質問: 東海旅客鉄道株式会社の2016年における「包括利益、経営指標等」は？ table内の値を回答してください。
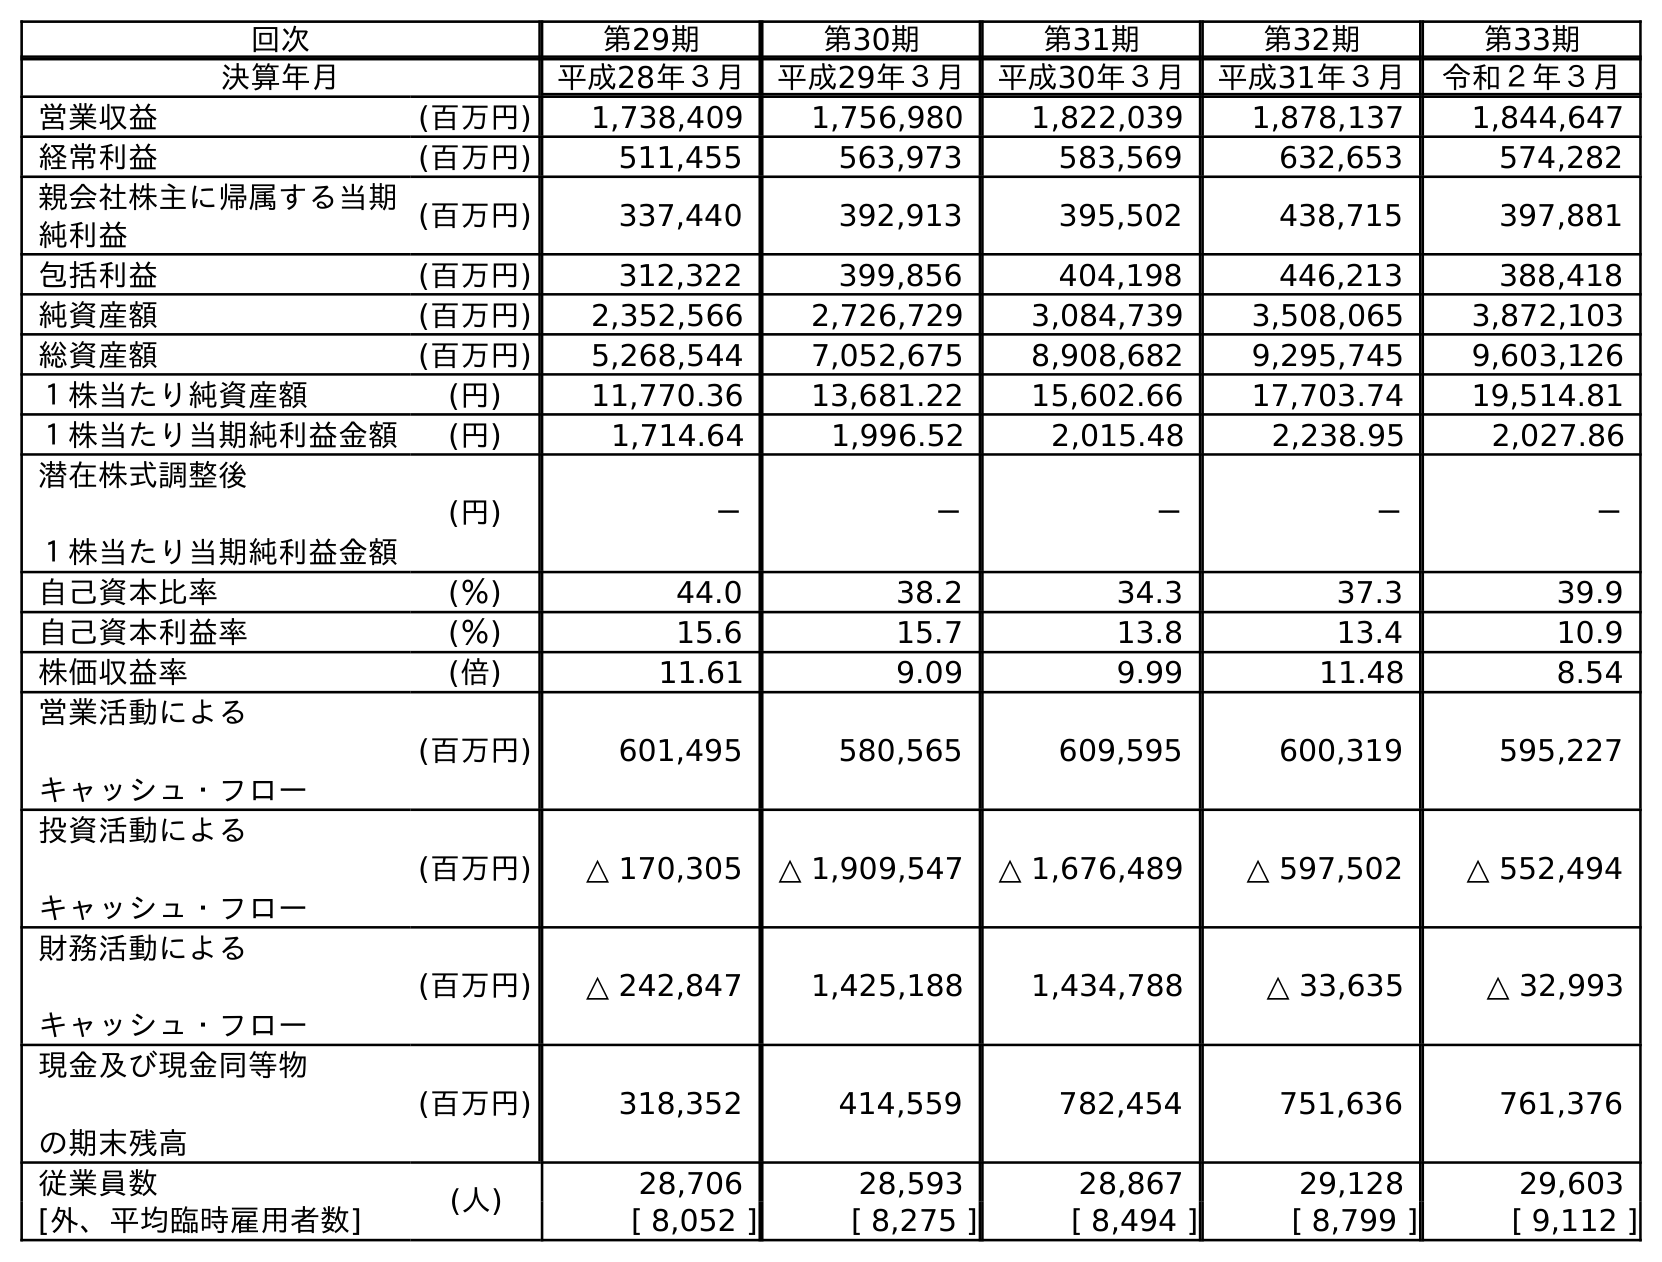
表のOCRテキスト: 回次 第29期 第30期 第31期 第32期 第33期 決算年月 平成28年３月 平成29年３月 平成30年３月 平成31年３月 令和２年３月 営業収益 (百万円) 1,738,409 1,756,980 1,822,039 1,878,137 1,844,647 経常利益 (百万円) 511,455 563,973 583,569 632,653 574,282 親会社株主に帰属する当期 純利益 (百万円) 337,440 392,913 395,502 438,715 397,881 包括利益 (百万円) 312,322 399,856 404,198 446,213 388,418 純資産額 (百万円) 2,352,566 2,726,729 3,084,739 3,508,065 3,872,103 総資産額 (百万円) 5,268,544 7,052,675 8,908,682 9,295,745 9,603,126 １株当たり純資産額 (円) 11,770.36 13,681.22 15,602.66 17,703.74 19,514.81 １株当たり当期純利益金額 (円) 1,714.64 1,996.52 2,015.48 2,238.95 2,027.86 潜在株式調整後 １株当たり当期純利益金額 (円) － － － － － 自己資本比率 (％) 44.0 38.2 34.3 37.3 39.9 自己資本利益率 (％) 15.6 15.7 13.8 13.4 10.9 株価収益率 (倍) 11.61 9.09 9.99 11.48 8.54 営業活動による キャッシュ・フロー (百万円) 601,495 580,565 609,595 600,319 595,227 投資活動による キャッシュ・フロー (百万円) △ 170,305 △ 1,909,547 △ 1,676,489 △ 597,502 △ 552,494 財務活動による キャッシュ・フロー (百万円) △ 242,847 1,425,188 1,434,788 △ 33,635 △ 32,993 現金及び現金同等物 の期末残高 (百万円) 318,352 414,559 782,454 751,636 761,376 従業員数 (人) 28,706 28,593 28,867 29,128 29,603 [外、平均臨時雇用者数] [ 8,052 ] [ 8,275 ] [ 8,494 ] [ 8,799 ] [ 9,112 ]
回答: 312,322